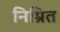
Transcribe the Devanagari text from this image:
निम्रित